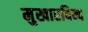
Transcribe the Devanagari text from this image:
मुखारबिन्द